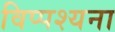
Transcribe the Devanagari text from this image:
विप्पश्यना